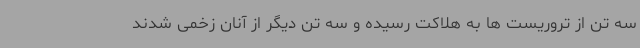
سه تن از تروریست ها به هلاکت رسیده و سه تن دیگر از آنان زخمی شدند